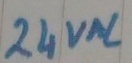
Text: 24VAC